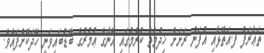
ތަޢާރަފް ފ.އަތޮޅާއި އުފަން ރަށަށް ޚިދުމަތް ކުރުމުގައި އޭނާގެ ޢުމުރުގެ ބޮޑުބައިވަނީ ހޭދަކޮށްފައެވެ.